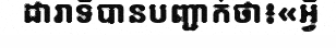
ដារាទីបានបញ្ជាក់ថា៖«អ្វី